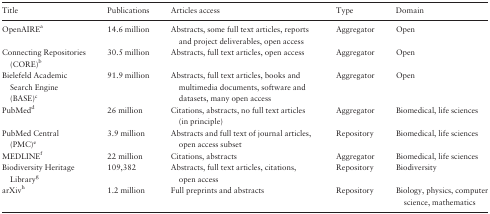
| Title | Publications | Articles access | Type | Domain |
 | --- | --- | --- | --- | --- |
 | OpenAIREa | 14.6 million | Abstracts, some full text articles, reports and project deliverables, open access | Aggregator | Open |
 | Connecting Repositories (CORE)b | 30.5 million | Abstracts, full text articles, open access | Aggregator | Open |
 | Bielefeld Academic Search Engine (BASE)c | 91.9 million | Abstracts, full text articles, books and multimedia documents, software and datasets, many open access | Aggregator | Open |
 | PubMedd | 26 million | Citations, abstracts, no full text articles (in principle) | Aggregator | Biomedical, life sciences |
 | PubMed Central (PMC)e | 3.9 million | Abstracts and full text of journal articles, open access subset | Repository | Biomedical, life sciences |
 | MEDLINEf | 22 million | Citations, abstracts | Aggregator | Biomedical, life sciences |
 | Biodiversity Heritage Libraryg | 109,382 | Abstracts, full text articles, citations, open access | Repository | Biodiversity |
 | arXivh | 1.2 million | Full preprints and abstracts | Repository | Biology, physics, computer science, mathematics |